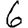
Digit: 6